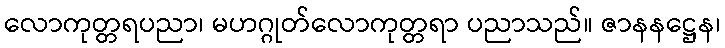
လောကုတ္တရပညာ၊ မဟဂ္ဂုတ်လောကုတ္တရာ ပညာသည်။ ဇာနနဋ္ဌေန၊